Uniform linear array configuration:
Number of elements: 64
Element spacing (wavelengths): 0.5
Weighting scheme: blackman
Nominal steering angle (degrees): -15
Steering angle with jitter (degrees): -14.887
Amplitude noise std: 0.05
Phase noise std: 0.05

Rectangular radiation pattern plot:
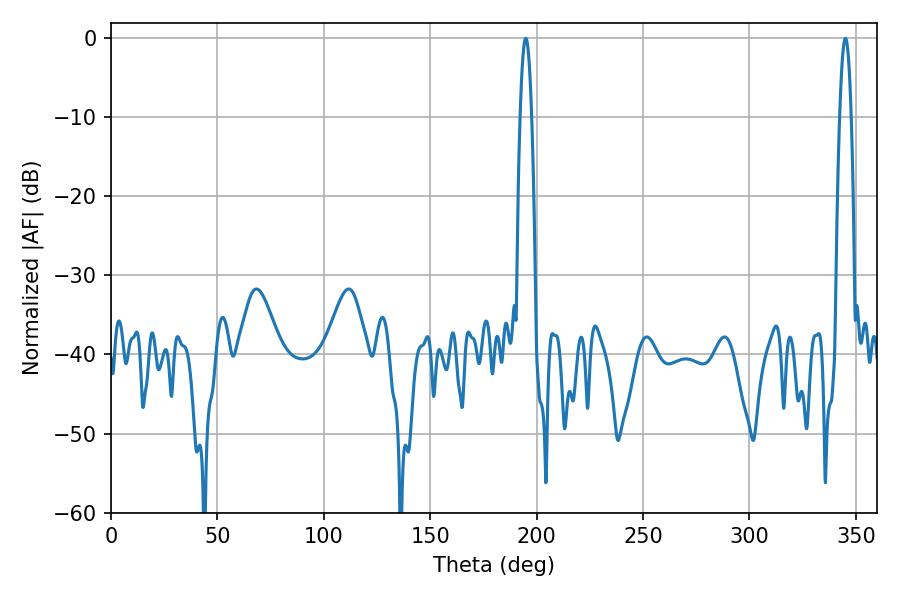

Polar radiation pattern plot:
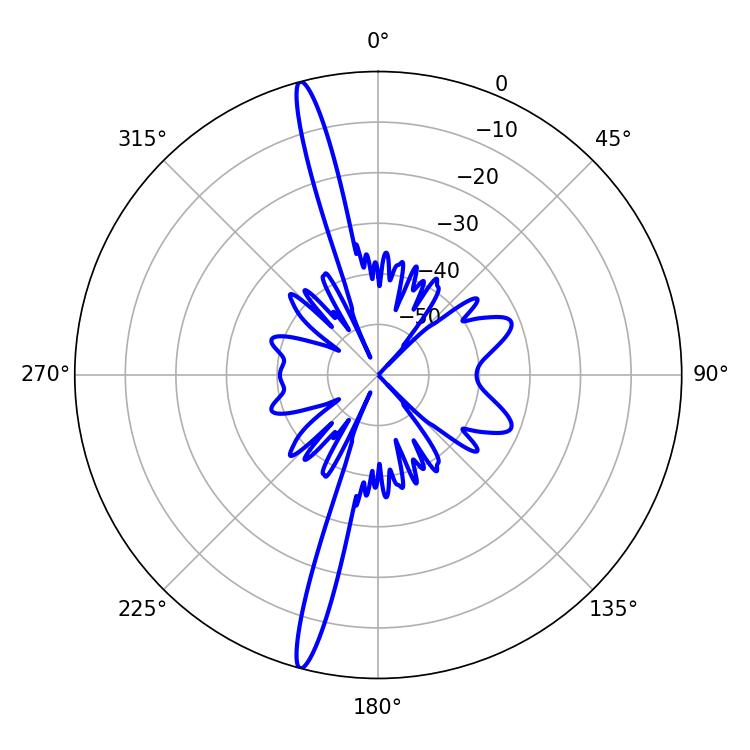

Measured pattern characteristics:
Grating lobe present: FALSE
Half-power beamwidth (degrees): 2.88
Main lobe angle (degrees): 345.06